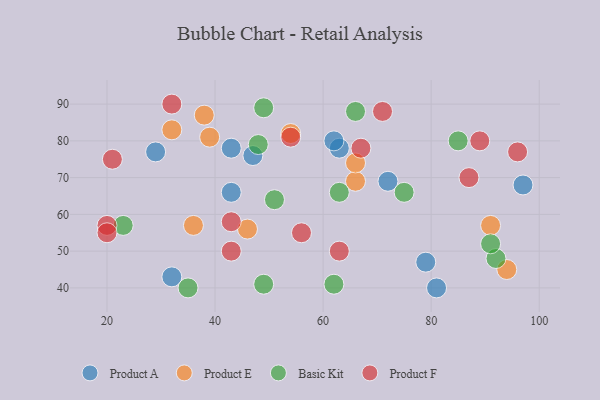
{"axis": {"x": "GDP", "y": "Life Expectancy"}, "legend": ["Basic Kit", "Product A", "Product E", "Product F"], "data": [{"x": "43", "y": 78, "type": "Product A"}, {"x": "47", "y": 76, "type": "Product A"}, {"x": "72", "y": 69, "type": "Product A"}, {"x": "43", "y": 66, "type": "Product A"}, {"x": "29", "y": 77, "type": "Product A"}, {"x": "79", "y": 47, "type": "Product A"}, {"x": "32", "y": 43, "type": "Product A"}, {"x": "63", "y": 78, "type": "Product A"}, {"x": "81", "y": 40, "type": "Product A"}, {"x": "97", "y": 68, "type": "Product A"}, {"x": "62", "y": 80, "type": "Product A"}, {"x": "32", "y": 83, "type": "Product E"}, {"x": "36", "y": 57, "type": "Product E"}, {"x": "46", "y": 56, "type": "Product E"}, {"x": "38", "y": 87, "type": "Product E"}, {"x": "54", "y": 82, "type": "Product E"}, {"x": "66", "y": 69, "type": "Product E"}, {"x": "94", "y": 45, "type": "Product E"}, {"x": "66", "y": 74, "type": "Product E"}, {"x": "39", "y": 81, "type": "Product E"}, {"x": "91", "y": 57, "type": "Product E"}, {"x": "75", "y": 66, "type": "Basic Kit"}, {"x": "92", "y": 48, "type": "Basic Kit"}, {"x": "85", "y": 80, "type": "Basic Kit"}, {"x": "63", "y": 66, "type": "Basic Kit"}, {"x": "66", "y": 88, "type": "Basic Kit"}, {"x": "35", "y": 40, "type": "Basic Kit"}, {"x": "49", "y": 41, "type": "Basic Kit"}, {"x": "51", "y": 64, "type": "Basic Kit"}, {"x": "62", "y": 41, "type": "Basic Kit"}, {"x": "91", "y": 52, "type": "Basic Kit"}, {"x": "48", "y": 79, "type": "Basic Kit"}, {"x": "49", "y": 89, "type": "Basic Kit"}, {"x": "23", "y": 57, "type": "Basic Kit"}, {"x": "32", "y": 90, "type": "Product F"}, {"x": "21", "y": 75, "type": "Product F"}, {"x": "54", "y": 81, "type": "Product F"}, {"x": "71", "y": 88, "type": "Product F"}, {"x": "96", "y": 77, "type": "Product F"}, {"x": "20", "y": 57, "type": "Product F"}, {"x": "63", "y": 50, "type": "Product F"}, {"x": "43", "y": 50, "type": "Product F"}, {"x": "20", "y": 55, "type": "Product F"}, {"x": "87", "y": 70, "type": "Product F"}, {"x": "67", "y": 78, "type": "Product F"}, {"x": "89", "y": 80, "type": "Product F"}, {"x": "56", "y": 55, "type": "Product F"}, {"x": "43", "y": 58, "type": "Product F"}]}